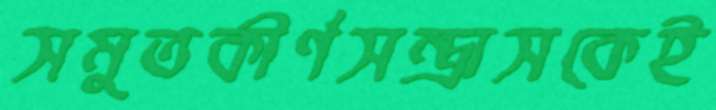
সমুতকীর্ণসন্ত্রাসকেই